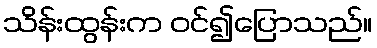
သိန်းထွန်းက ဝင်၍ပြောသည်။